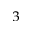
^ 3